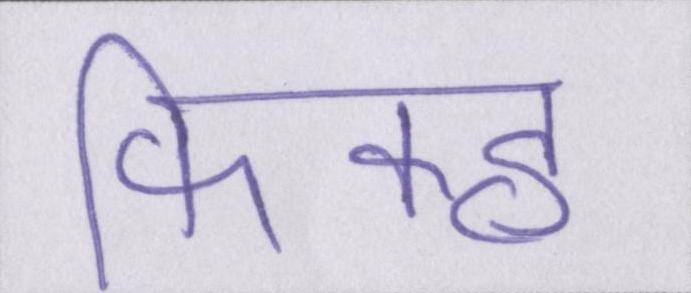
फिक्ह